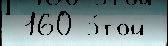
 160 э́той